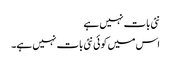
نئی بات نہیں ہے
اس میں کوئی نئی بات نہیں ہے۔